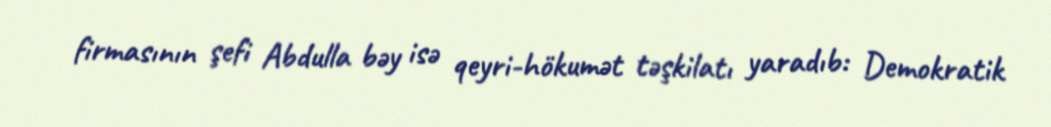
firmasının şefi Abdulla bəy isə qeyri-hökumət təşkilatı yaradıb: Demokratik